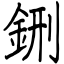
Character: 鉶